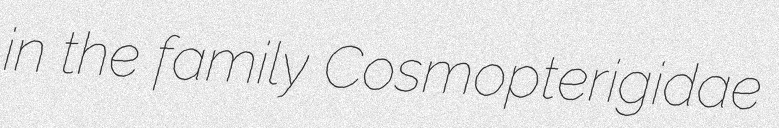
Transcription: in the family Cosmopterigidae